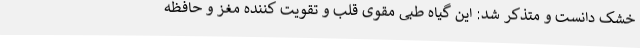
خشک دانست و متذکر شد: این گیاه طبی مقوی قلب و تقویت کننده مغز و حافظه